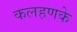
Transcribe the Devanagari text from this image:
कलहणके